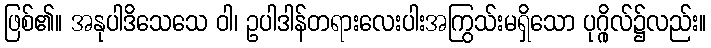
ဖြစ်၏။ အနုပါဒိသေသေ ဝါ၊ ဥပါဒါန်တရားလေးပါးအကြွသ်းမရှိသော ပုဂ္ဂိုလ်၌လည်း။